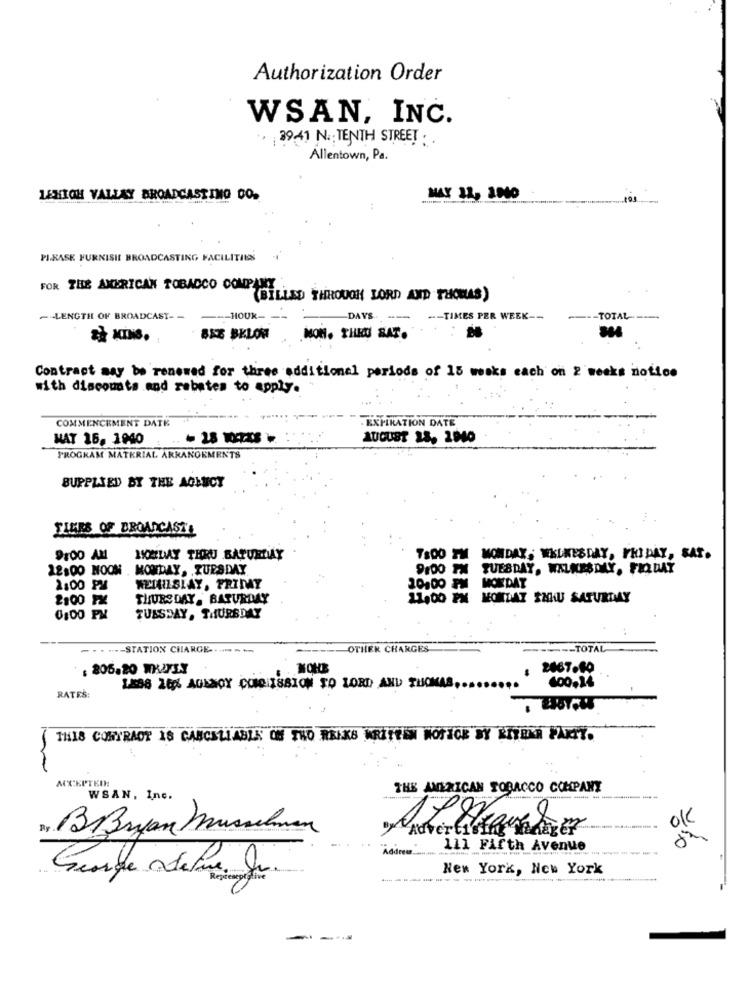
Authorization Order
WSAN, INC.
39:41 N .: TENTH STREET . .
Allentown, Pa.
LEHIGH VALLEY BROADCASTING DO.
MAY 11, 2000
PI.RASK FURNISH BROADCASTING FACILITIES
FOR THE AMERICAN TOBACCO COMPANY
(BILLED THROUGH LORD AND THOMAS)
- LENGTH OF BROADCAST- -
--- HOUR-
-DAYS
--- TIMES PER WEEK --
---- TOTAL ---
SEE BELOW
MON. THIS SAT.
Contract may be renewed for three additional periods of 15 weeks each on 2 weeks notice
with discounts and rebates to apply.
COMMENCEMENT DATK
- EXPIRATION DATE
WAT 16, 1040
AUGUST 23, 2940
PROGRAM MATERIAL ARRANGEMENTS
SUPPLIED BY THE AGENCY
TIMES OF BROADCAST!
9:00 AM
IKEDAY THRU BATURIMAY
7800 IM MONDAY, WELKESDAY, FRIDAY, SAT.
12:00 NOON
MONDAY, TUESDAY
9100 TH TUESDAY, WALKESDAY, FRIDAY
20:00 PM MONDAY
2:00 PM
WETAILSLAY, FRIDAY
2,00 FX
THURSDAY. BATURDAY
11,00 PM MONDAY SMAU SATURDAY
0,00 PM
TUESDAY, THURSDAY
---- STATION CHARGE -.....---
OTHER CHARGES
----- TOTAL
: 805.20 WKAFLY
NOHE
2867.60
600,34
RATES:
THIS CONTRACT 18 CANCELLABLE OF THO RANKS WRITEIN MOTTOK BY RITENA FARIT.
ACCEPTED:
THE AMERICAN TOBACCO COMPANY
WSAN, Inc.
p
BBryan Musselman
"dine"
111 Fifth Avenue
New York, New York
- -